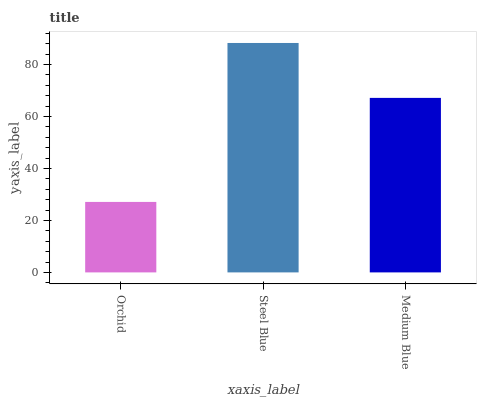
| xaxis_label | bars |
 | --- | --- |
 | Orchid | 27.1 |
 | Steel Blue | 88.3 |
 | Medium Blue | 67.2 |